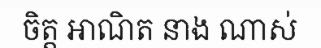
ចិត្ត អាណិត នាង ណាស់